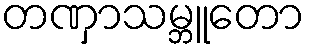
တဏှာသမ္ဘူတော